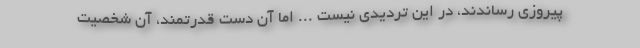
پیروزی رساندند، در این تردیدی نیست ... اما آن دست قدرتمند، آن شخصیت